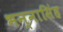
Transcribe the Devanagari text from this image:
भन्नासिंह